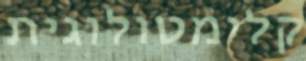
קלימטולוגית